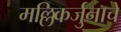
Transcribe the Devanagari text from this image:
मल्लिकर्जुनाचे